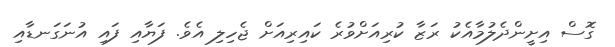
ގޮސް އިށީންދެލުމާއެކު ރަޒާ ކުރިއަށްވުރެ ކައިރިއަށް ޖެހިލި އެވެ. ފަޔާއި ފައި އުނަގަނޑާއި